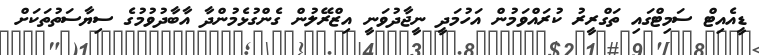
ޑީއެއިޓް ސަމިޓްގައި ތަގްރީރު ކުރައްވަމުން އަހުމަދީ ނީޖާދުވަނީ އިޒްރޭލުން ގެންގުޅެމުންދާ އާބާދުވުމުގެ ސިޔާސަތުތަކަށް